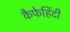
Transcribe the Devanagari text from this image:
कैफेहिंदी